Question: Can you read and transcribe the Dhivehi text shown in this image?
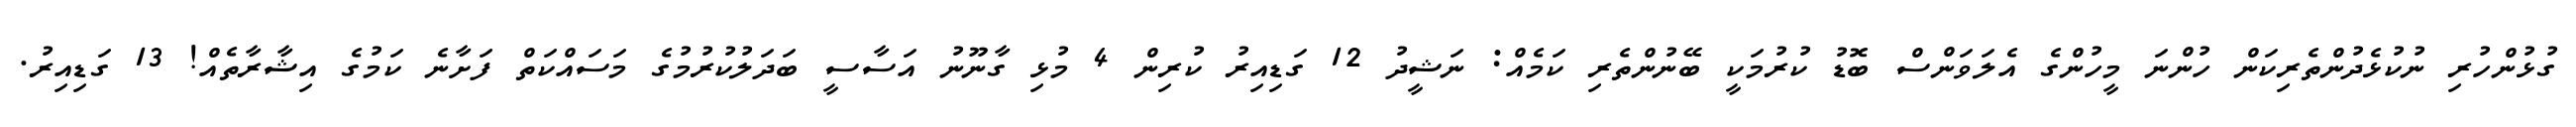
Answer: ގުޅުންހުރި ނުކުޅެދުންތެރިކަން ހުންނަ މީހުންގެ އެލަވަންސް ބޮޑު ކުރުމަކީ ބޭނުންތެރި ކަމެއް: ނަޝީދު 12 ގަޑިއިރު ކުރިން 4 މުޅި ގާނޫނު އަސާސީ ބަދަލުކުރުމުގެ މަސައްކަތް ފަށާނެ ކަމުގެ އިޝާރާތެއް! 13 ގަޑިއިރު.